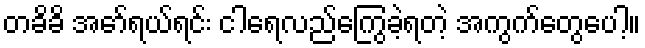
တခိခိ အော်ရယ်ရင်း ငါရေလည်ကြွေခဲ့ရတဲ့ အကွက်တွေပေါ့။